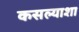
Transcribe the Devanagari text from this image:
कसल्याशा